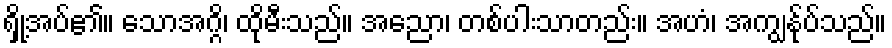
ရှို့အပ်၏။ သောအဂ္ဂိ၊ ထိုမီးသည်။ အညော၊ တစ်ပါးသာတည်း။ အဟံ၊ အကျွန်ုပ်သည်။